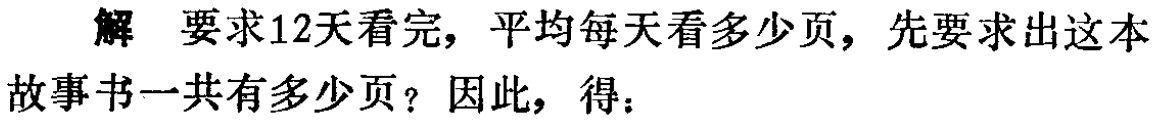
解 要求12天看完，平均每天看多少页，先要求出这本故事书一共有多少页？因此，得：